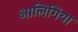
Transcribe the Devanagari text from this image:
आलिंगिया